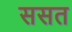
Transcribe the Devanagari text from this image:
ससत